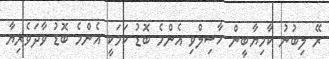
ރޭ ލިބުނު ކާމިޔާބީން ހާސިލްވި އެންމެ ބޮޑު ކަމަކީ އެންމެ ބޮޑު ވާދަވެރިޔާ